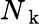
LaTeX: N_{\mathrm{~k~}}